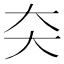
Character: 㚐